Report of the Indian Hemp Drugs Commission, 1894-1895 - Volume VI
Year: 1894
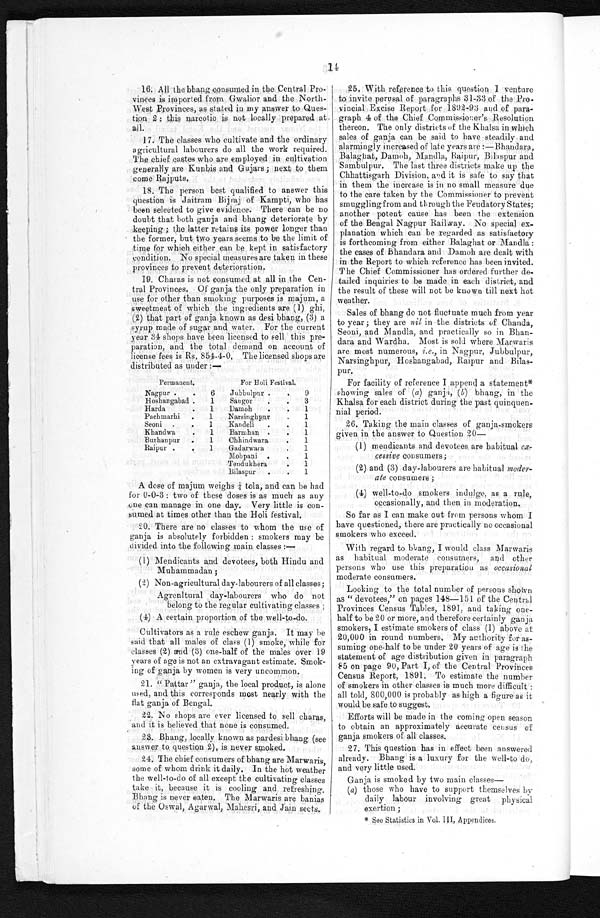
16. All the bhang consumed in the Central
Pro-
vinces is imported from Gwalior and the
North-
West Provinces, as stated in my answer to Ques-- -
tion 2: this narcotic is not locally prepared at
all
17. The classes who cultivate and the ordinary
agricultural labourers do all the work required.
The chief castes who are employed in cultivation
generally are Kunbis and Gujars; next to them
come Rajputs.
18. The person best qualified to answer this
question is Jaitram Bijraj of Kampti, who has
been selected to give evidence. There can be no
doubt that both ganja and bhang deteriorate by
keeping; the latter retains its power longer than
the former, but two years seems to be the limit of
time for which either can be kept in satisfactory
condition. No special measures are taken in these
provinces to prevent deterioration.
19. Chains is not consumed at all in the Cen-
-
tral Provinces. Of ganja the only preparation in
use for other than smoking purposes is majum, a
sweetmeat of which the ingredients are (1) ghi,
(2) that part of ganja known as desi bhang, (3) a
syrup made of sugar and water. For the current
year 34 shops have been licensed to sell this pre-
-
paration, and the total demand on account of
license fees is Rs, 854-4-0, The licensed shops are
distributed as under:—
Permanent.
For Holi Festival.
Nagpur
6
Jubbulpur
9
Hoshangabad
1
Saugor
3
Harda
1 Damoh
1
Pachmarhi
1 Narsinghpur
. 1
Seoni
1
Kandeli
1
K handwa
1 Barmhan
1
Bur hanpur
1
Chhindwara
. 1
Raipur
1 Gadarwara
. 1
Mohpani
1
Tendukhera
1
Bilaspur
1
A dose of majum weighs ¼ tola, and can be had
for 0-0-3: two of these doses is as much as any
one can manage in one day. Very little is con--
sumed at times other than the Holi festival.
20. There are no classes to whom the use of
ganja is absolutely forbidden: smokers may be
divided into the following main classes:—
(1) Mendicants and devotees, both Hindu and
Muhammadan;
(2) Non-agricultural day-labourers of all classes;
Agrenltural day-labourers who do not
belong to the regular cultivating classes;
(4) A certain proportion of the well-to-do.
Cultivators as a rule eschew ganja. It may be
said that all males of class (1) smoke, while for
classes (2) and (3) one-half of the males over 19
years of age is not an extravagant estimate. Smok-
-
ing of ganja by women is very uncommon.
21. "Pattar" ganja, the local product, is alone
22.
used, and this corresponds most nearly with the
23.
flat ganja of Bengal.
24. No shops are ever licensed to sell charas,
25.
and it is believed that none is consumed.
26. Bhang, locally known as pardesi bhang (see
27.
answer to question 2), is never smoked.
28. The chief consumers of bhang are Marwaris,
29.
some of whom drink it daily. In the hot weather
30.
the well-to-do of all except the cultivating classes
31.
take it, because it is cooling and refreshing.
32.
Bhang is never eaten. The Marwaris are banias
33.
of the Oswal, Agarwal, Mahesri, and Jain sects.
25. With reference to this question I venture
to invite perusal of paragraphs 31-33 of the Pro- -
vincial Excise Report for 1892-93 and of para--
graph 4 of the Chief Commissioner's Resolution
thereon. The only districts of the Khalsa in which
sales of ganja can be said to have steadily and
alarmingly increased of late years are:—Bhandara,
Balaghat, Damoh, Mandla, Raipur, Bilaspur and
Sambulpur. The last three districts make up the
Chhattisgarh Division, and it is safe to say that
in them the increase is in no small measure due
to the care taken by the Commissioner to prevent
smuggling from and through the Feudatory States;
another potent cause has been the extension
of the Bengal Nagpur Railway. No special ex-
-
planation which can be regarded as satisfactory
is forthcoming from either Balaghat or Mandla:
the cases of Bhandara and Damoh are dealt with
in the Report to which reference has been invited.
The Chief Commissioner has ordered further de- -
tailed inquiries to be made in each district, and
the result of these will not be known till next hot
weather.
Sales of bhang do not fluctuate much from year
to year ; they are nil in the districts of Chanda,
Seoni, and Mandla, and practically so in Bhan-
-
dara and Wardha. Most is sold where Marwaris
are most numerous, i.e., in Nagpur, Jubbulpur
,
Narsingpur, Hoshangabad, Raipur an
d B i l a s -
pur.
For facility of reference I append a statement<a href="#image nof74908865"> <sup>*
< / s u p > < / a >
showing sales of (a) ganja, (b) bhang, in the
Khalsa for each district during the past quinquen- -
nial period.
26. Taking the main classes of ganja-smokers
given in the answer to Question 20—
(1) mendicants and devotees, are habitual ex--
cessive consumers;
(2)and (3) day-labourers are habitual moder-
(3)
-
ate consumers;
(4) well-to-do smokers indulge, as a rule,
occasionally, and then in moderation.
So far as I can make out from persons whom I
have questioned, there are practically no occasional
smokers who exceed.
With regard to bhang, I would class Marwaris
as habitual moderate consumers, and other
persons who use this preparation as occasional
moderate consumers.
Looking to the total number of persons shown
as "devotees," on pages 148-151 of the Central
Provinces Census Tables, 1891, and taking one-
half to be 20 or more, and therefore certainly ganja
smokers, I estimate smokers of class (1) above at
20,000 in round numbers, My authority for as
-
suming one-half to be under 20 years of age is the
statement of age distribution given in paragraph
85 on page 90, Part I, of the Central Provinces
Census Report, 1891. To estimate the number
of smokers in other classes is much more difficult:
all told, 800,000 is probably as high a figure as it
would be safe to suggest.
Efforts will be made in the coming open season
to obtain an approximately accurate census of
ganja smokers of all classes.
27, This question has in effect been answered
already. Bhang is a luxury for the well-to do,
and very little used.
Ganja is smoked by two main classes
-
(a) those who have to support themselves by
daily labour involving great physical
exertion;
< a n a m e = # " 7 4 9 0 8 8 6 5 f " > * < / a > S e e S t a t i s t i c s i n V o l .
I I I A p p e n d i c e s .